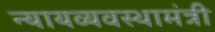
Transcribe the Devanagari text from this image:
न्यायव्यवस्थामंत्री